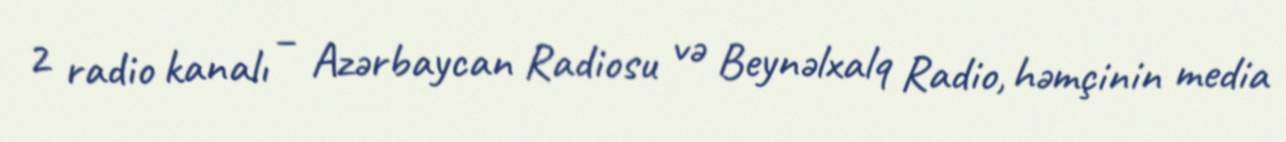
2 radio kanalı – Azərbaycan Radiosu və Beynəlxalq Radio, həmçinin media